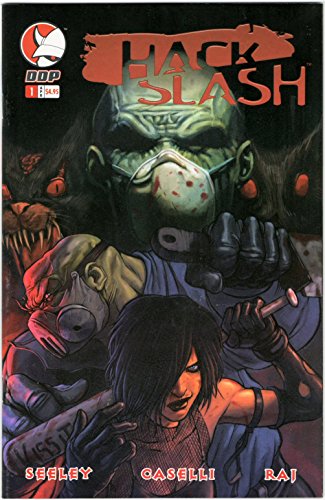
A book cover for Hack Slash #1 Comic Book; Comics & Graphic Novels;